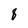
Character: 8